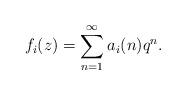
LaTeX: \begin{align*}f_i(z) = \sum_{n=1}^\infty a_i(n) q^n.\end{align*}